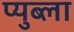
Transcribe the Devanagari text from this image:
प्युब्ला